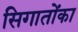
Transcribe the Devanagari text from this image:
सिगातोंका